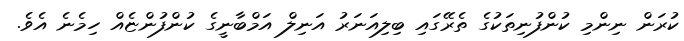
ކުރަން ނިންމި ކުންފުނިތަކުގެ ތެރޭގައި ބިލިއަނަރު އަނިލް އަމްބާނީގެ ކުންފުންޏެއް ހިމެނެ އެވެ.